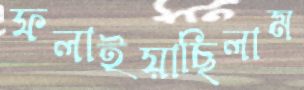
ফলাইয়াছিলাম